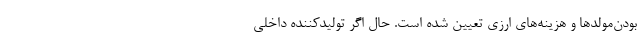
بودن‌مولد‌ها و هزینه‌های ارزی تعیین شده است. حال اگر تولیدکننده داخلی